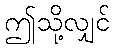
ဤသို့လျှင်